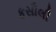
કસૌલી